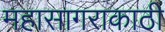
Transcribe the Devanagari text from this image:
महासागराकाठी